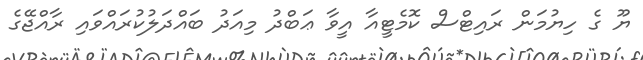
ޔޫ ގެ ހިޔުމަން ރައިޓްސް ކޮމެޓީއާ އީވާ ޢަބްދު މިއަދު ބައްދަލުކުރައްވައި ރާއްޖޭގެ